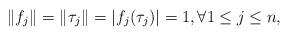
LaTeX: \begin{align*}\|f_j\|= \|\tau_j\|=|f_j(\tau_j)|=1, \forall 1\leq j \leq n,\end{align*}